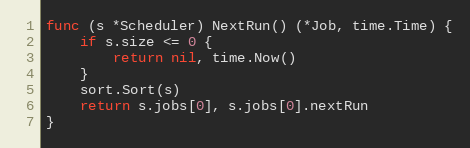
Language: Go
func (s *Scheduler) NextRun() (*Job, time.Time) {
	if s.size <= 0 {
		return nil, time.Now()
	}
	sort.Sort(s)
	return s.jobs[0], s.jobs[0].nextRun
}